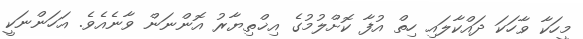
މީހަކާ ވާހަކަ ދައްކާލައި ހިތް އުފާ ކޮށްލުމުގެ އިޚްތިޔާރު އޮންނަން ވާނެއެވެ. އަހަންނަކީ